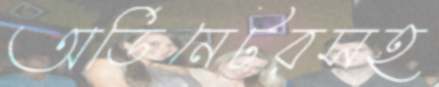
অর্ডিনেটরসহ